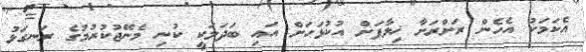
އެކަމަކު އެހެން ރަށްރަށާ ޚިލާފަށް އުކުޅަހަށް އައި ބަދަލަކީ ކުނި މެނޭޖުކުރުމުގެ ރަނގަޅު